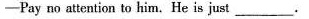
-Pay no attention to him.He is just